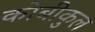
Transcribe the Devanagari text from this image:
कोबीकुल